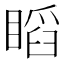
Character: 𥉰